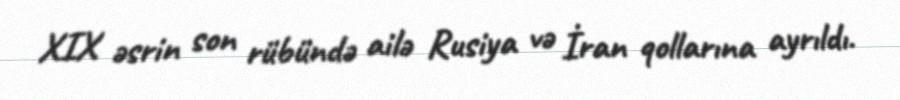
XIX əsrin son rübündə ailə Rusiya və İran qollarına ayrıldı.